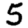
Digit: 5